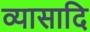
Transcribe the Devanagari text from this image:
व्यासादि